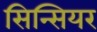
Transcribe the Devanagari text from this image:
सिन्सियर